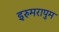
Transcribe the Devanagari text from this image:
इरुमरापुम